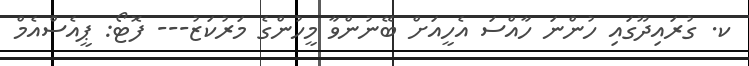
ކ. ގުރައިދޫގައި ހުންނަ ހާއްސަ އެހީއަށް ބޭނުންވާ މީހުންގެ މަރުކަޒު--- ފޮޓޯ: ޕީއެސްއެމް